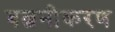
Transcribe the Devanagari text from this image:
बल्वनीकरण